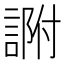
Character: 𧨽